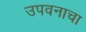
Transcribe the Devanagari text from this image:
उपवनाचा